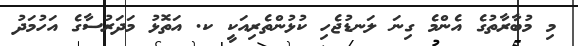
މި މުބާރާތުގެ އެންމެ ގިނަ ލަނޑުޖެހި ކުޅުންތެރިއަކީ ކ. އަތޮޅު މަދަރުސާގެ އަހުމަދު